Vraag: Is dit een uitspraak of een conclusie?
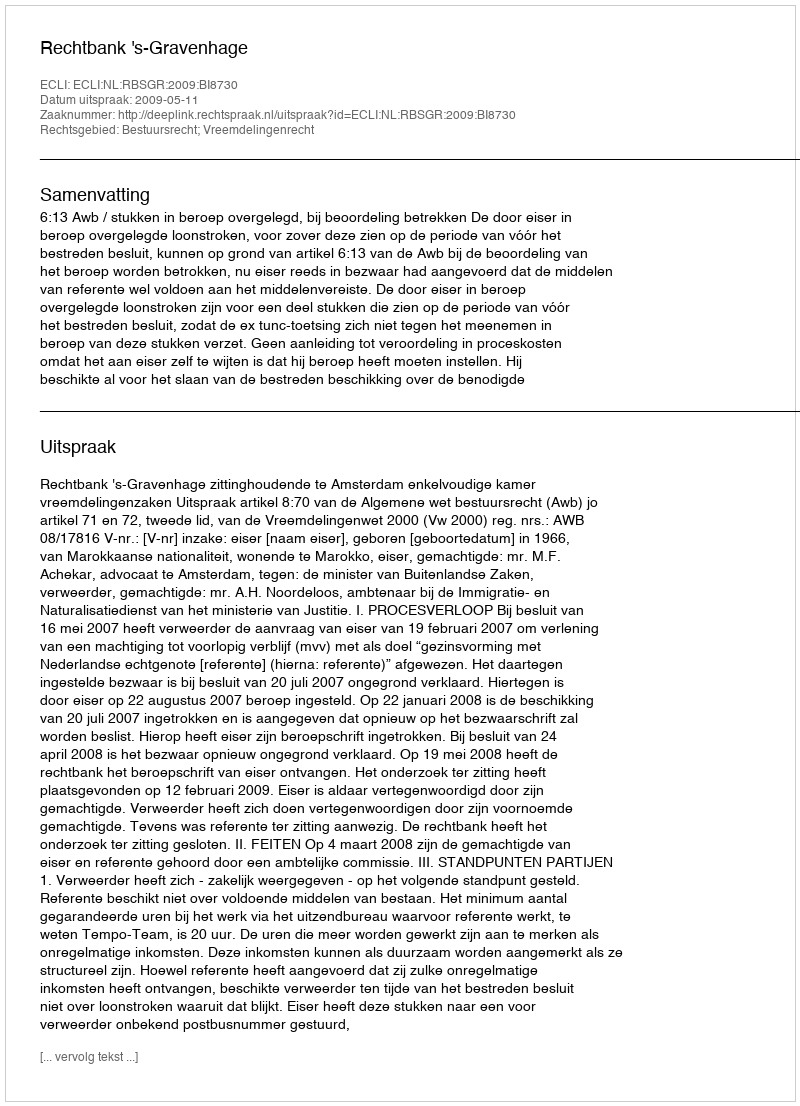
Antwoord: Uitspraak